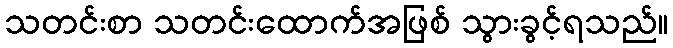
သတင်းစာ သတင်းထောက်အဖြစ် သွားခွင့်ရသည်။